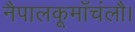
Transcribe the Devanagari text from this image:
नैपालकूमाँचंलौ।